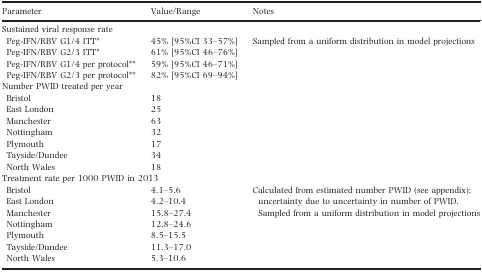
<table><thead><tr><td><b>Parameter</b></td><td><b>Value/Range</b></td><td><b>Notes</b></td></tr></thead><tbody><tr><td colspan="3">Sustained viral response rate</td></tr><tr><td> Peg-IFN/RBV G1/4 ITT*</td><td>45% [95%CI 33–57%]</td><td rowspan="4">Sampled from a uniform distribution in model projections</td></tr><tr><td> Peg-IFN/RBV G2/3 ITT*</td><td>61% [95%CI 46–76%]</td></tr><tr><td> Peg-IFN/RBV G1/4 per protocol**</td><td>59% [95%CI 46–71%]</td></tr><tr><td> Peg-IFN/RBV G2/3 per protocol**</td><td>82% [95%CI 69–94%]</td></tr><tr><td colspan="3">Number PWID treated per year</td></tr><tr><td> Bristol</td><td>18</td><td></td></tr><tr><td> East London</td><td>25</td><td></td></tr><tr><td> Manchester</td><td>63</td><td></td></tr><tr><td> Nottingham</td><td>32</td><td></td></tr><tr><td> Plymouth</td><td>17</td><td></td></tr><tr><td> Tayside/Dundee</td><td>34</td><td></td></tr><tr><td> North Wales</td><td>18</td><td></td></tr><tr><td colspan="3">Treatment rate per 1000 PWID in 2013</td></tr><tr><td> Bristol</td><td>4.1–5.6</td><td rowspan="7">Calculated from estimated number PWID (see appendix); uncertainty due to uncertainty in number of PWID. Sampled from a uniform distribution in model projections</td></tr><tr><td> East London</td><td>4.2–10.4</td></tr><tr><td> Manchester</td><td>15.8–27.4</td></tr><tr><td> Nottingham</td><td>12.8–24.6</td></tr><tr><td> Plymouth</td><td>8.5–15.5</td></tr><tr><td> Tayside/Dundee</td><td>11.3–17.0</td></tr><tr><td> North Wales</td><td>5.3–10.6</td></tr></tbody></table>